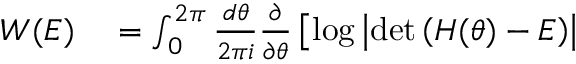
\begin{array} { r l } { W ( E ) } & { { } = \int _ { 0 } ^ { 2 \pi } \frac { d \theta } { 2 \pi i } \frac { \partial } { \partial \theta } \left[ \log \left| \operatorname* { d e t } \left( H ( \theta ) - E \right) \right| \right. } \end{array}